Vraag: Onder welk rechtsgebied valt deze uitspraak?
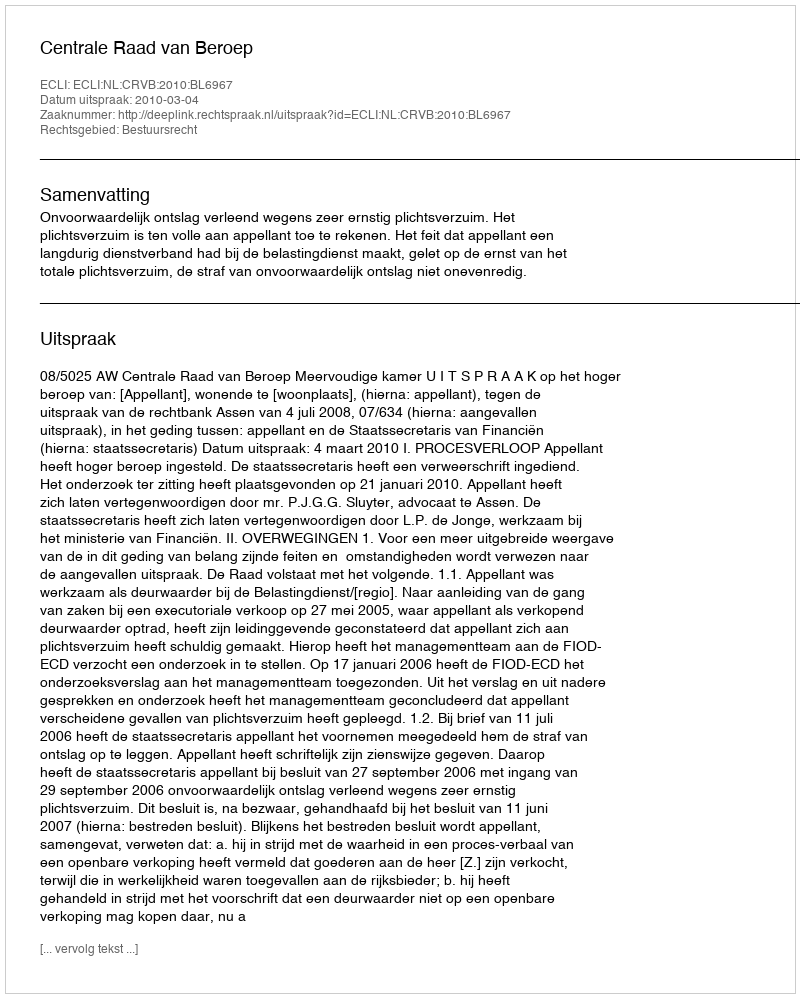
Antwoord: Bestuursrecht